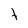
Character: t